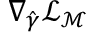
\nabla _ { \boldsymbol { \hat { \gamma } } } \mathcal { L } _ { \mathcal { M } }